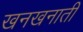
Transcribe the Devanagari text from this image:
खनखनाती